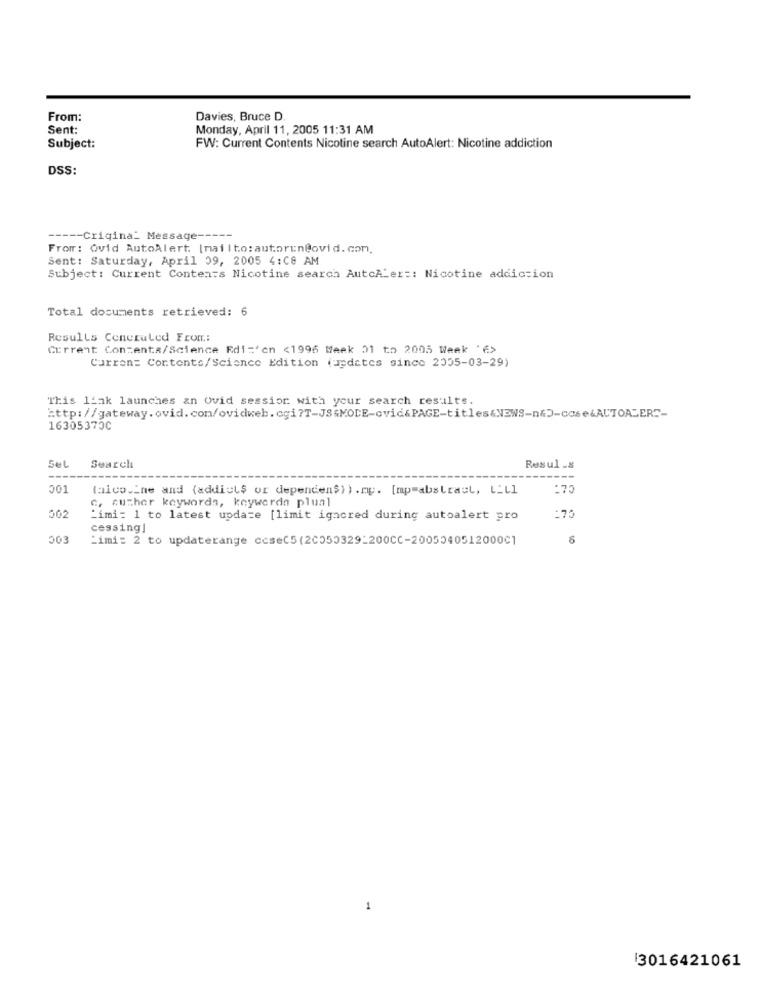
From:
Davies, Bruce D.
Sent:
Monday, April 11, 2005 11:31 AM
Subject:
FW: Current Contents Nicotine search AutoAlert: Nicotine addiction
DSS:
----- Criqina_ Message -----
From: Ovid AutoAlert. [mailto: autorin@ovid. com.
Sent: Saturday, April 09, 2005 4:08 AM
Subject: Current Contents Nicotine search AutoALer :: Nicotine addiction
Total documents retrieved: 6
Results Ceneruled From:
Current Contents/Science Edi='cn <1996 Week 21 to 2005 Week '">
Current Contents/Science Edition (updates since 2035-03-29)
This link launches an Ovid session with your search results.
http://gateway.ovid.com/ovidweb.cgi?T-JS&MODE-cvid&PAGE-titles&NEWS-n&D-case&AUTOALER"-
16305373C
SeL
Search
Resul .s
----
001
(aico.Ine and (addicts or dependen$) ) .my. [mp=abstract, LLLl
:75
c. cuchar keywords, kaywerda plusl
002
Limi: 1 to latest update [limit igacred during autoalert pro
:75
cessing]
003
:imi: 2 to updaterange ccseC5(20050329-200CC-2005540512000C]
8
1
3016421061